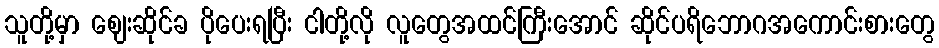
သူတို့မှာ ဈေးဆိုင်ခ ပိုပေးရပြီး ငါတို့လို လူတွေအထင်ကြီးအောင် ဆိုင်ပရိဘောဂအကောင်းစားတွေ